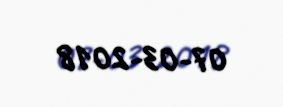
07-03-2018